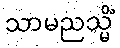
သာမညသ္မိံ